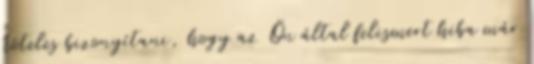
köteles bizonyítani, hogy az Ön által felismert hiba már